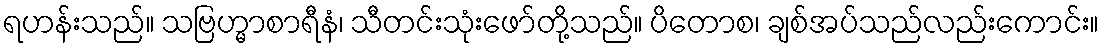
ရဟန်းသည်။ သဗြဟ္မာစာရီနံ၊ သီတင်းသုံးဖော်တို့သည်။ ပိတောစ၊ ချစ်အပ်သည်လည်းကောင်း။